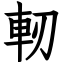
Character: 軔